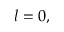
l = 0 ,